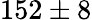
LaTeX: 152\pm 8